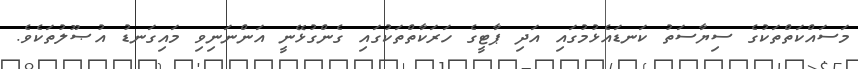
މަސައްކަތްތަކުގެ ސިޔާސަތު ކަނޑައެޅުމުގައި އަދި ޕާޓީގެ ހަރަކާތްތަކުގައި ގެންގުޅޭނީ އަންނަނިވި މައިގަނޑު އުޞޫލުތަކެވެ.